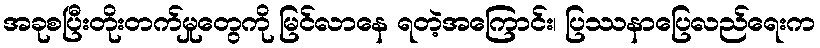
အခုစပြီးတိုးတက်မှုတွေကို မြင်လာနေ ရတဲ့အကြောင်း၊ ပြဿနာပြေလည်ရေးက